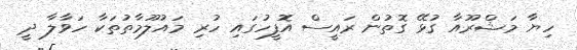
ހިޔާ މަޝްރޫއާ ގުޅޭ ގޮތުން ރައީސް އޮފީހުގައި ހުރި މައުލޫމާތުތަކާ ހަވާލާ ދީ